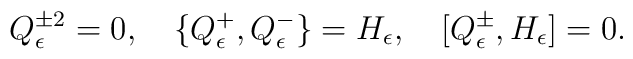
Q^{\pm2}_{\epsilon}=0,\quad \{Q^{+}_{\epsilon},Q^{-}_{\epsilon}\}=H_{\epsilon},\quad[Q^{\pm}_{\epsilon},H_{\epsilon}]=0.